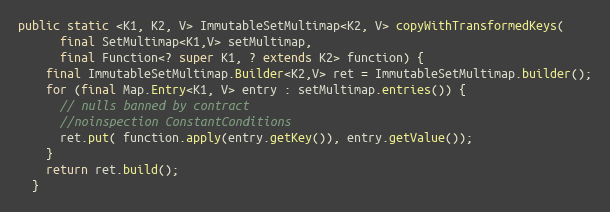
Language: Java
public static <K1, K2, V> ImmutableSetMultimap<K2, V> copyWithTransformedKeys(
      final SetMultimap<K1,V> setMultimap,
      final Function<? super K1, ? extends K2> function) {
    final ImmutableSetMultimap.Builder<K2,V> ret = ImmutableSetMultimap.builder();
    for (final Map.Entry<K1, V> entry : setMultimap.entries()) {
      // nulls banned by contract
      //noinspection ConstantConditions
      ret.put( function.apply(entry.getKey()), entry.getValue());
    }
    return ret.build();
  }